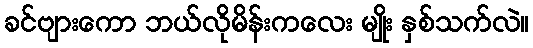
ခင်ဗျားကော ဘယ်လိုမိန်းကလေး မျိုး နှစ်သက်လဲ။